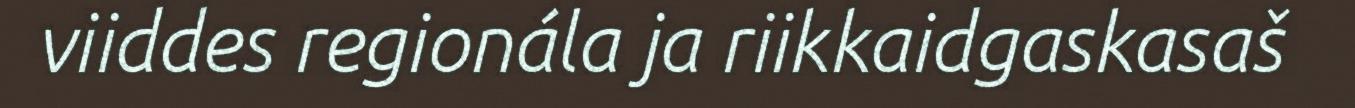
viiddes regionála ja riikkaidgaskasaš